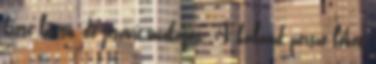
kissé lassú, de jószívű unokáját. A kaland persze lehet